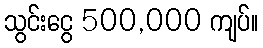
သွင်းငွေ 500,000 ကျပ်။